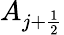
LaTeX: A_{j+\frac{1}{2}}